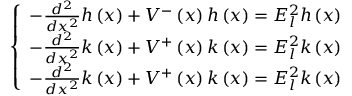
\left\{ \begin{array} { c } { { - \frac { d ^ { 2 } } { d x ^ { 2 } } h \left( x \right) + V ^ { - } \left( x \right) h \left( x \right) = E _ { l } ^ { 2 } h \left( x \right) } } \\ { { - \frac { d ^ { 2 } } { d x ^ { 2 } } k \left( x \right) + V ^ { + } \left( x \right) k \left( x \right) = E _ { l } ^ { 2 } k \left( x \right) } } \\ { { - \frac { d ^ { 2 } } { d x ^ { 2 } } k \left( x \right) + V ^ { + } \left( x \right) k \left( x \right) = E _ { l } ^ { 2 } k \left( x \right) } } \end{array} \right.